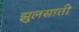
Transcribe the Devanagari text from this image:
झुलसाती